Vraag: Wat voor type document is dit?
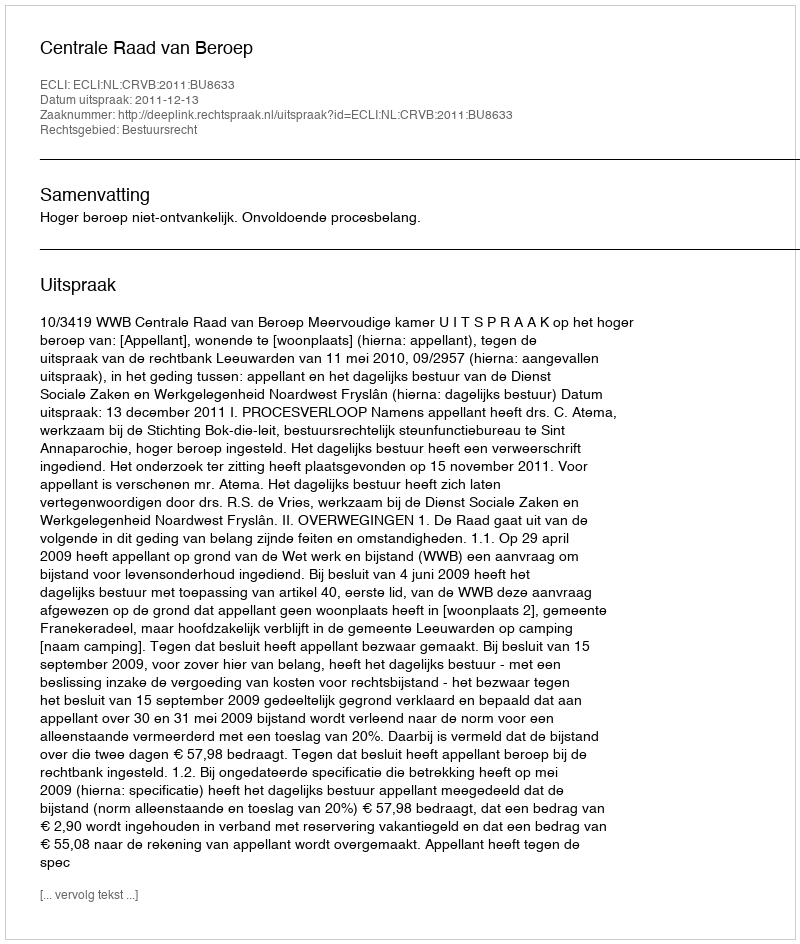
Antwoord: Uitspraak